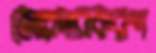
জোরদারকরণ